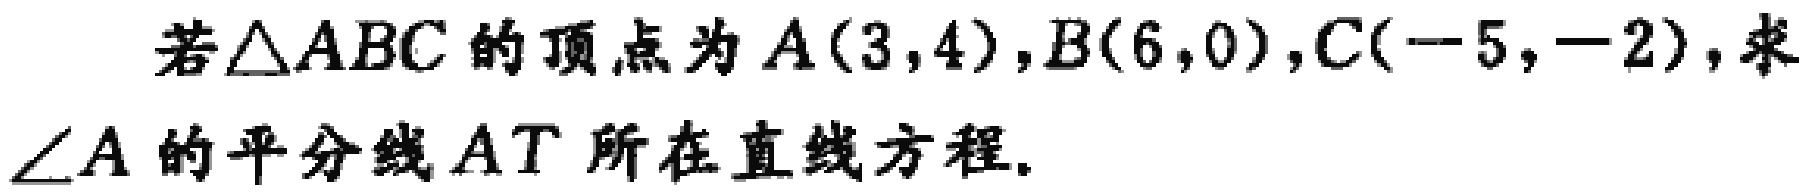
若\(\triangle ABC\)的顶点为\(A(3,4)\)，\(B(6,0)\)，\(C(-5,-2)\)，求\(\angle A\)的平分线\(AT\)所在直线方程。